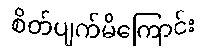
စိတ်ပျက်မိကြောင်း